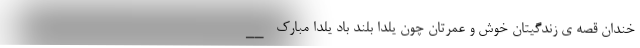
خندان قصه ی زندگیتان خوش و عمرتان چون یلدا بلند باد یلدا مبارک __